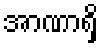
အာဏာရှိ